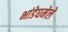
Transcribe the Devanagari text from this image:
भांडेघमेले